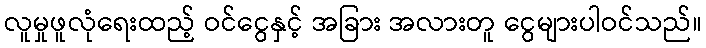
လူမှုဖူလုံရေးထည့် ဝင်ငွေနှင့် အခြား အလားတူ ငွေများပါဝင်သည်။